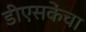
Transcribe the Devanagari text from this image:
डीएसकेंचा